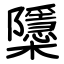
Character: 櫽